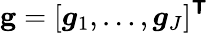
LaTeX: \mathbf{g}=[\boldsymbol{g}_{1},\ldots,\boldsymbol{g}_{J}]^{\boldsymbol{\mathsf{T}}}